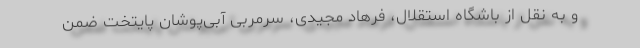
و به نقل از باشگاه استقلال، فرهاد مجیدی، سرمربی آبی‌پوشان پایتخت ضمن